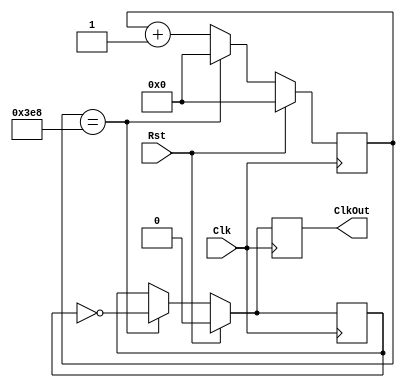
module ClkDiv(Clk, Rst, ClkOut);
   input Clk, Rst;
   output reg ClkOut;
  //to create 1 Hz clock from 100-MHz on the board
  parameter DivVal = 1000;
   reg [25:0] DivCnt;
   reg ClkInt;
	
   always @(posedge Clk) begin
      if( Rst == 1 )begin
         DivCnt <= 0;
         ClkOut <= 0;
         ClkInt <= 0;
      end
      else begin
         if( DivCnt == DivVal ) begin
            	ClkOut <= ~ClkInt;
            	ClkInt <= ~ClkInt;
            	DivCnt <= 0;
         end
         else begin
            	ClkOut <= ClkInt;
            	ClkInt <= ClkInt;
            	DivCnt <= DivCnt + 1;
         end
      end
   end
endmodule